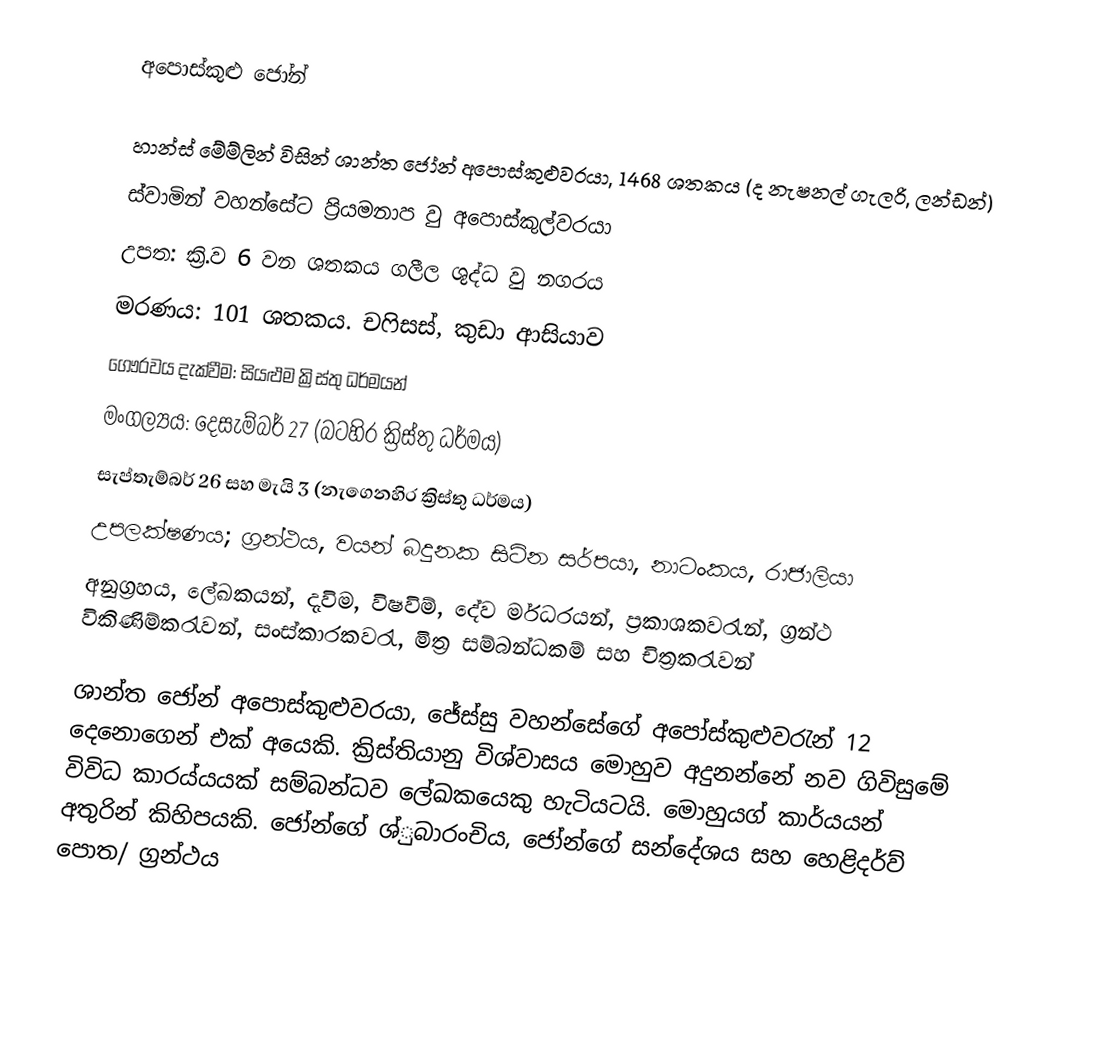
අපොස්කුළු ජෝන්

හාන්ස් මේම්ලින් විසින් ශාන්ත ජෝන් අපොස්කුළුවරයා, 1468 ශතකය (ද නැෂනල් ගැලරි, ලන්ඩන්)
ස්වා‍මින් වහන්සේට ප්‍රියමනාප වු අපොස්කුල්වරයා
උපත: ක්‍රි.ව 6 වන ශතකය ගලීල ශුද්ධ වු නගරය
මරණය: 101 ශතකය. චෆිසස්, කුඩා ආසියාව
ගෞරවය දැක්වීම: සියළුම ක්‍රිස්තු ධර්මයන්
මංගල්‍යය: දෙසැම්බර් 27 (බටහිර ක්‍රිස්තු ධර්මය)
සැප්තැම්බර් 26 සහ මැයි 3 (නැගෙනහිර ක්‍රිස්තු ධර්මය)
උපලක්ෂණය; ග්‍රන්ථය, වයන් බදුනක සිටින සර්පයා, නාටංකය, රාජා‍ලියා
අනුග්‍රහය, ලේඛකයන්, දැවිම, විෂවිම්, දේව ර්මධරයන්, ප්‍රකාශකවරැන්, ග්‍රන්ථ විකිණිම්කරැවන්, සංස්කාරකවරැ, මිත්‍ර සම්බන්ධකම් සහ චිත්‍රකරැවන්

ශාන්ත ජෝන් අපොස්කුළුවරයා, ජේස්සු වහන්සේගේ අපෝස්කුළුවරැන් 12 දෙනොගෙන් එක් අයෙකි. ක්‍රිස්තියානු විශ්වාසය මොහුව අදුනන්නේ නව ගිවිසුමේ විවිධ කාරය්යයක් සම්බන්ධව ලේඛකයෙකු හැටියටයි. මොහුයග් කාර්යයන් අතුරින් කිහිපයකි. ජෝන්ගේ ශ්‍ුබාරංචිය, ජෝන්ගේ සන්දේශය සහ හෙළිදර්ව් පොත/ ග්‍රන්ථය